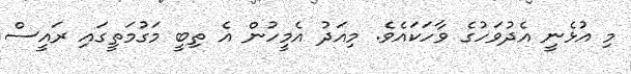
މި އުޅެނީ އެދުވަހުގެ ވާހަކައެވެ. މިއަދު އެމީހުން އެ ތިބީ މަގުމަތީގައި ރައީސް